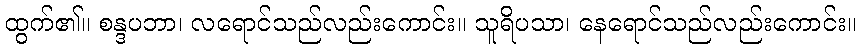
ထွက်၏။ စန္ဒပဘာ၊ လရောင်သည်လည်းကောင်း။ သူရိပသာ၊ နေရောင်သည်လည်းကောင်း။